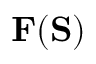
\mathbf { F } ( \mathbf { S } )